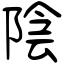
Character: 陰